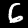
Digit: 6